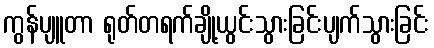
ကွန်ပျူတာ ရုတ်တရက်ချို့ယွင်းသွားခြင်းပျက်သွားခြင်း